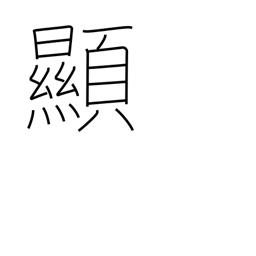
Meaning: evident